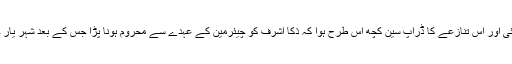
اس عہدے کو پانے کی خواہش فریقین کو عدالت میں لےگئی اور اس تنازعے کا ڈراپ سین کچھ اس طرح ہوا کہ ذکا اشرف کو چیئرمین کے عہدے سے محروم ہونا پڑا جس کے بعد شہر یار خان نے پاکستان کرکٹ بورڈ کی چیئرمین شپ سنبھال لی۔